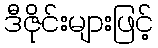
ဒီဇိုင်းများဖြင့်